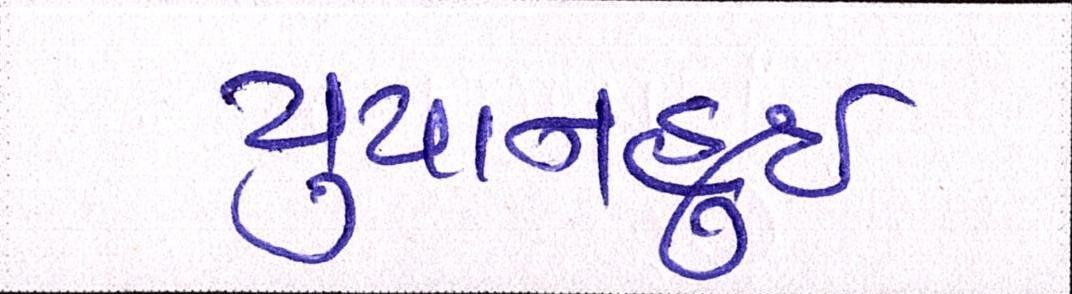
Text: યુયાનહુઈ